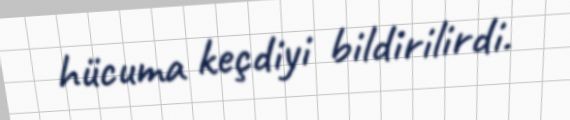
hücuma keçdiyi bildirilirdi.